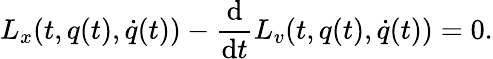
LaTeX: L_{x}(t,q(t),{\dot{q}}(t))-{\frac{\mathrm{d}}{\mathrm{d}t}}L_{v}(t,q(t),{\dot{q}}(t))=0.